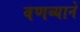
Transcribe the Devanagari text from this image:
वणव्याने